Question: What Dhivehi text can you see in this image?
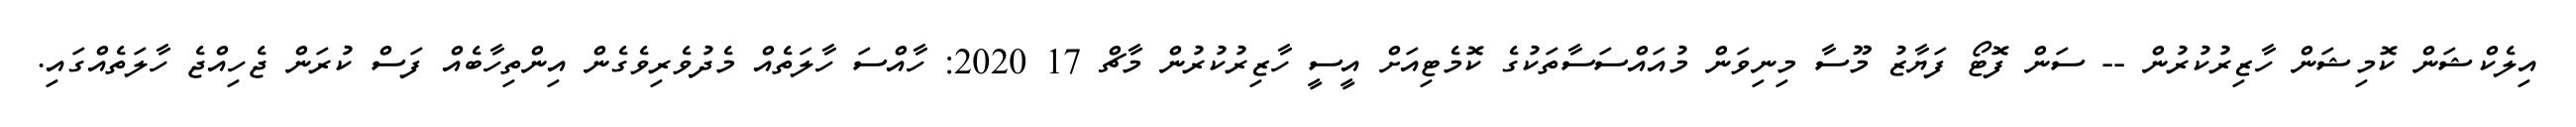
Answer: އިލެކްޝަން ކޮމިޝަން ހާޒިރުކުރުން -- ސަން ފޮޓޯ ފަޔާޒު މޫސާ މިނިވަން މުއައްސަސާތަކުގެ ކޮމެޓިއަށް އީސީ ހާޒިރުކުރުން މާޗް 17 2020: ހާއްސަ ހާލަތެއް މެދުވެރިވެގެން އިންތިހާބެއް ފަސް ކުރަން ޖެހިއްޖެ ހާލަތެއްގައި.